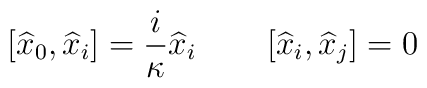
\left[ \widehat{x}_{0},  \widehat{x}_{i}\right] = {i\over \kappa}  \widehat{x}_{i}   \qquad  \left[ \widehat{x}_{i},  \widehat{x}_{j}\right] = 0